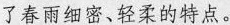
春雨细密、悠柔的特点。